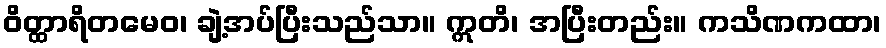
ဝိတ္ထာရိတမေဝ၊ ချဲ့အပ်ပြီးသည်သာ။ ဣတိ၊ အပြီးတည်း။ ကသိဏကထာ၊